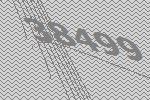
38499